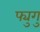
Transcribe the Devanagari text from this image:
फ्युगु